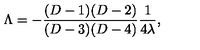
\Lambda = - { \frac { ( D - 1 ) ( D - 2 ) } { ( D - 3 ) ( D - 4 ) } } { \frac { 1 } { 4 \lambda } } ,